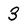
Character: 3